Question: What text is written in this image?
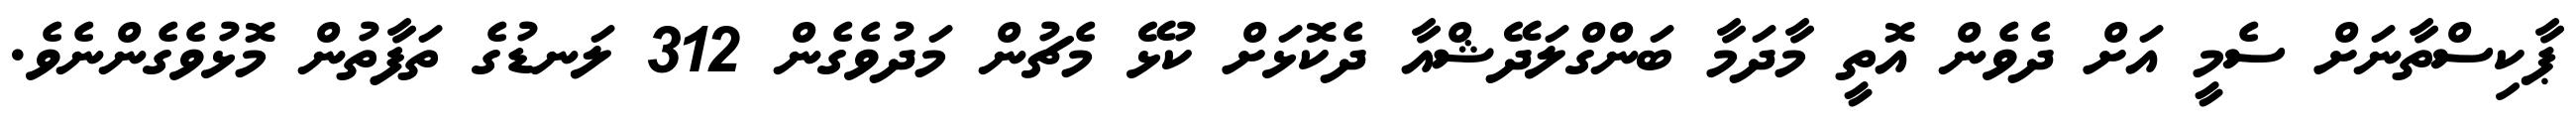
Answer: ޕާކިސްތާނަށް ސެމީ އަށް ދެވެން އޮތީ މާދަމާ ބަންގްލަދޭޝްއާ ދެކޮޅަށް ކުޅޭ މެޗުން މަދުވެގެން 312 ލަނޑުގެ ތަފާތުން މޮޅުވެގެންނެވެ.